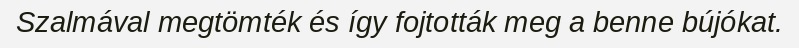
Szalmával megtömték és így fojtották meg a benne bújókat.